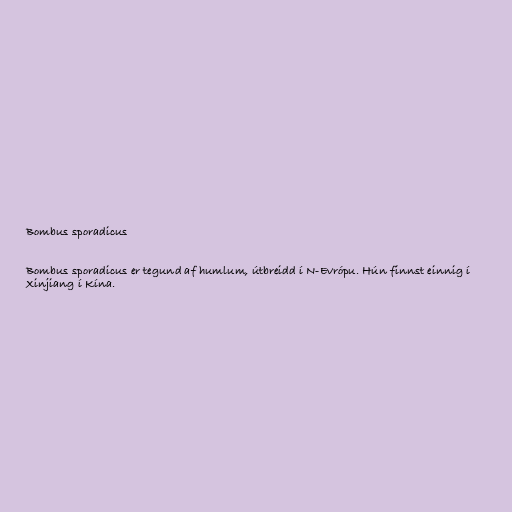
Bombus sporadicus

Bombus sporadicus er tegund af humlum, útbreidd í N-Evrópu. Hún finnst einnig í
Xinjiang í Kína.